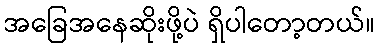
အခြေအနေဆိုးဖို့ပဲ ရှိပါတော့တယ်။